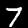
Label: 7